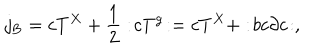
LaTeX: j _ { \mathrm { B } } = c T ^ { X } + \frac { 1 } { 2 } : \! c T ^ { \mathrm { g } } \! : = c T ^ { X } + : \! b c \partial c \! : ,